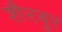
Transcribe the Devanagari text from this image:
शैरबुर